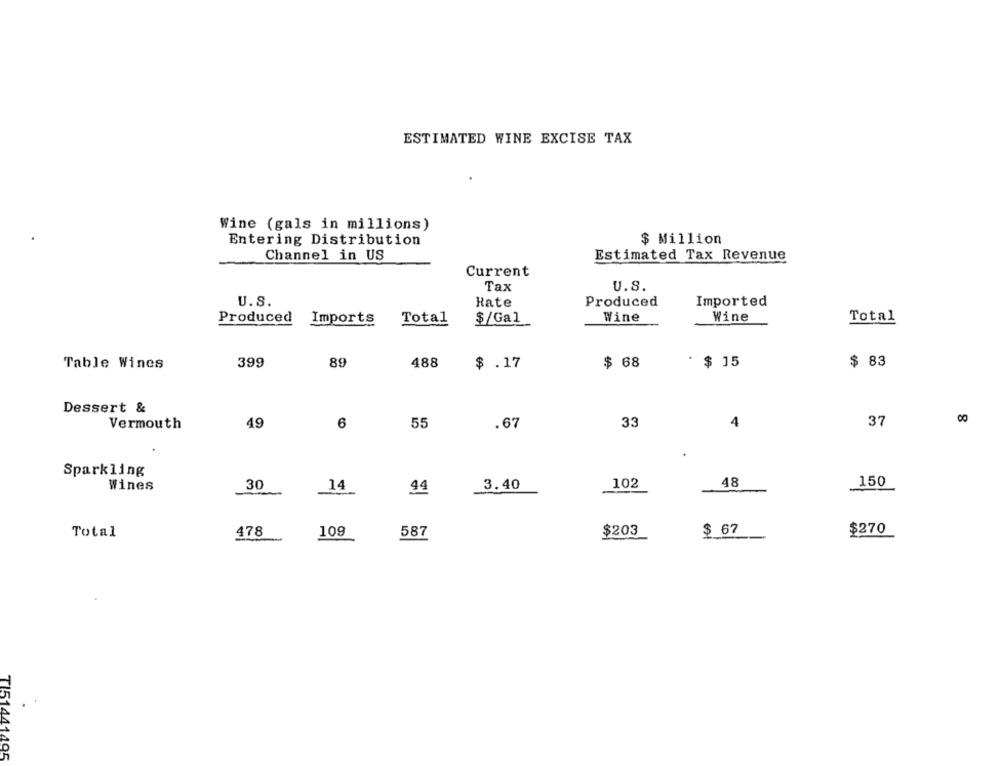
ESTIMATED WINE EXCISE TAX
Wine (gals in millions)
Entering Distribution
$ Million
Channel in US
Estimated Tax Revenue
Current
Tax
U.S.
U.S.
Hate
Produced
Imported
Produced Imports
Total
$/Gal
Wine
Wine
Total
Table Wines
399
89
488
$ .17
$ 68
$ 15
$ 83
Dessert &
33
37
00
Vermouth
49
6
55
.67
4
Sparkling
102
48
150
Wines
30
14
44
3.40
Total
478
109
587
$203
$ 67
$270
TI51441495